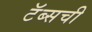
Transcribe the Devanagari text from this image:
टॅब्सची